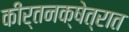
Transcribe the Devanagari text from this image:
कीर्तनक्षेत्रात